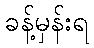
ခန့်မှန်းရ